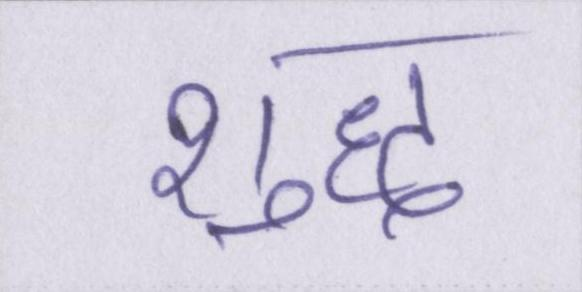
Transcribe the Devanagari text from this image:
शुध्द